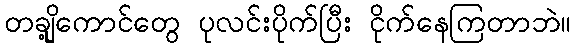
တချို့ကောင်တွေ ပုလင်းပိုက်ပြီး ငိုက်နေကြတာဘဲ။